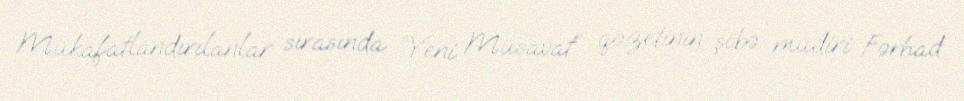
Mükafatlandırılanlar sırasında “Yeni Müsavat” qəzetinin şöbə müdiri Fərhad